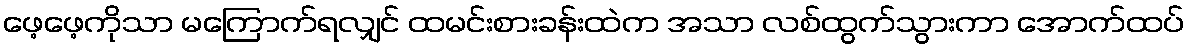
ဖေ့ဖေ့ကိုသာ မကြောက်ရလျှင် ထမင်းစားခန်းထဲက အသာ လစ်ထွက်သွားကာ အောက်ထပ်